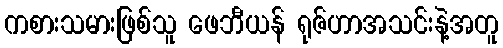
ကစားသမားဖြစ်သူ ဖေဘီယန် ရုဇ်ဟာအသင်းနဲ့အတူ